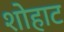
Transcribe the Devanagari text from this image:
शोहाट